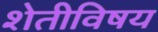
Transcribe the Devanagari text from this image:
शेतीविषय